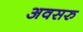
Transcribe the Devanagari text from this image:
अवसरु